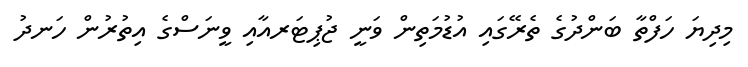
މިދިޔަ ހަފްތާ ބަންދުގެ ތެރޭގައި އުޑުމަތިން ވަނީ ޖުޕިޓަރއާއި ވީނަސްގެ އިތުރުން ހަނދު